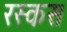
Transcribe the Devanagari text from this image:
रस्कस